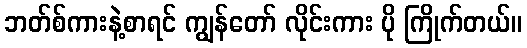
ဘတ်စ်ကားနဲ့စာရင် ကျွန်တော် လိုင်းကား ပို ကြိုက်တယ်။